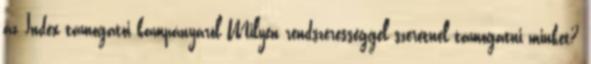
az Index támogatói kampányáról Milyen rendszerességgel szeretnél támogatni minket?